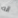
انه